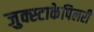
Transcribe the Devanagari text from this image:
जुक्स्टाकेपिलरी